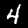
Digit: 4